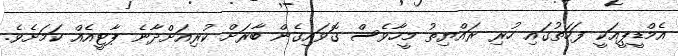
އެމްޑީޕީއަކީ ފަހަތުގައި ހުރި ރައްޔިތު މީހާވެސް ގޮވައިގެން ބާރަށް ކުރިއަށްދާނެ ޕާޓީއެއް ކަމަށެވެ.